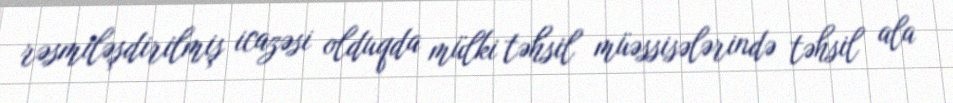
rəsmiləşdirilmiş icazəsi olduqda mülki təhsil müəssisələrində təhsil ala